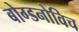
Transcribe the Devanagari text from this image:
बोग्डनोविच